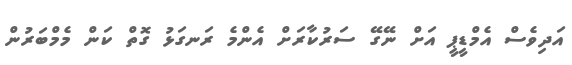
އަދިވެސް އެމްޑީޕީ އަށް ނޭގޭ ސަރުކާރަށް އެންމެ ރަނގަޅު ގޮތް ކަން މެމްބަރުން